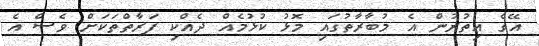
އޭގެ އިތުރުން އެ މުބާރާތުގައި މޮޅު ކުޅުމެއް ދެއްކި ފަރާތްތަކަށް ވެސް އެ